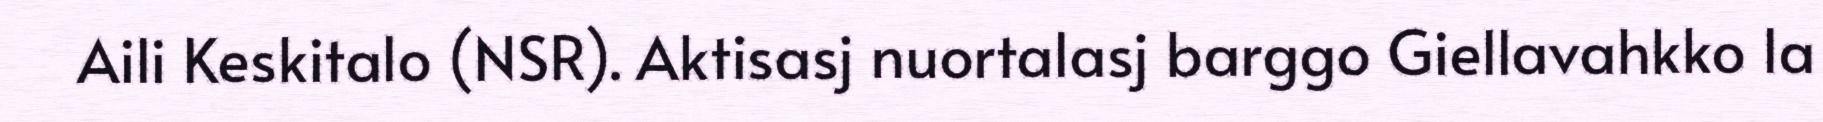
Aili Keskitalo (NSR). Aktisasj nuortalasj barggo Giellavahkko la